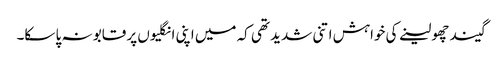
گیند چھو لینے کی خواہش اتنی شدید تھی کہ میں اپنی انگلیوں پر قابو نہ پا سکا۔